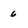
Character: 6